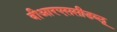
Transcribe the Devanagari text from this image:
वीआरएससीडब्लू